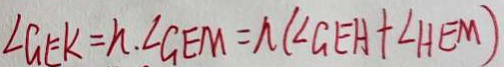
\angle G E K = n . \angle G E M = n ( \angle G E A + \angle H E M )